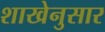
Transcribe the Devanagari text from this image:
शाखेनुसार